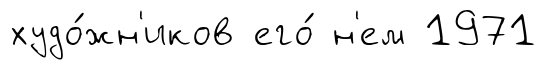
худо́жн'иков его́ н'ем 1971